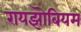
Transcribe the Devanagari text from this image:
रायझॊबियम